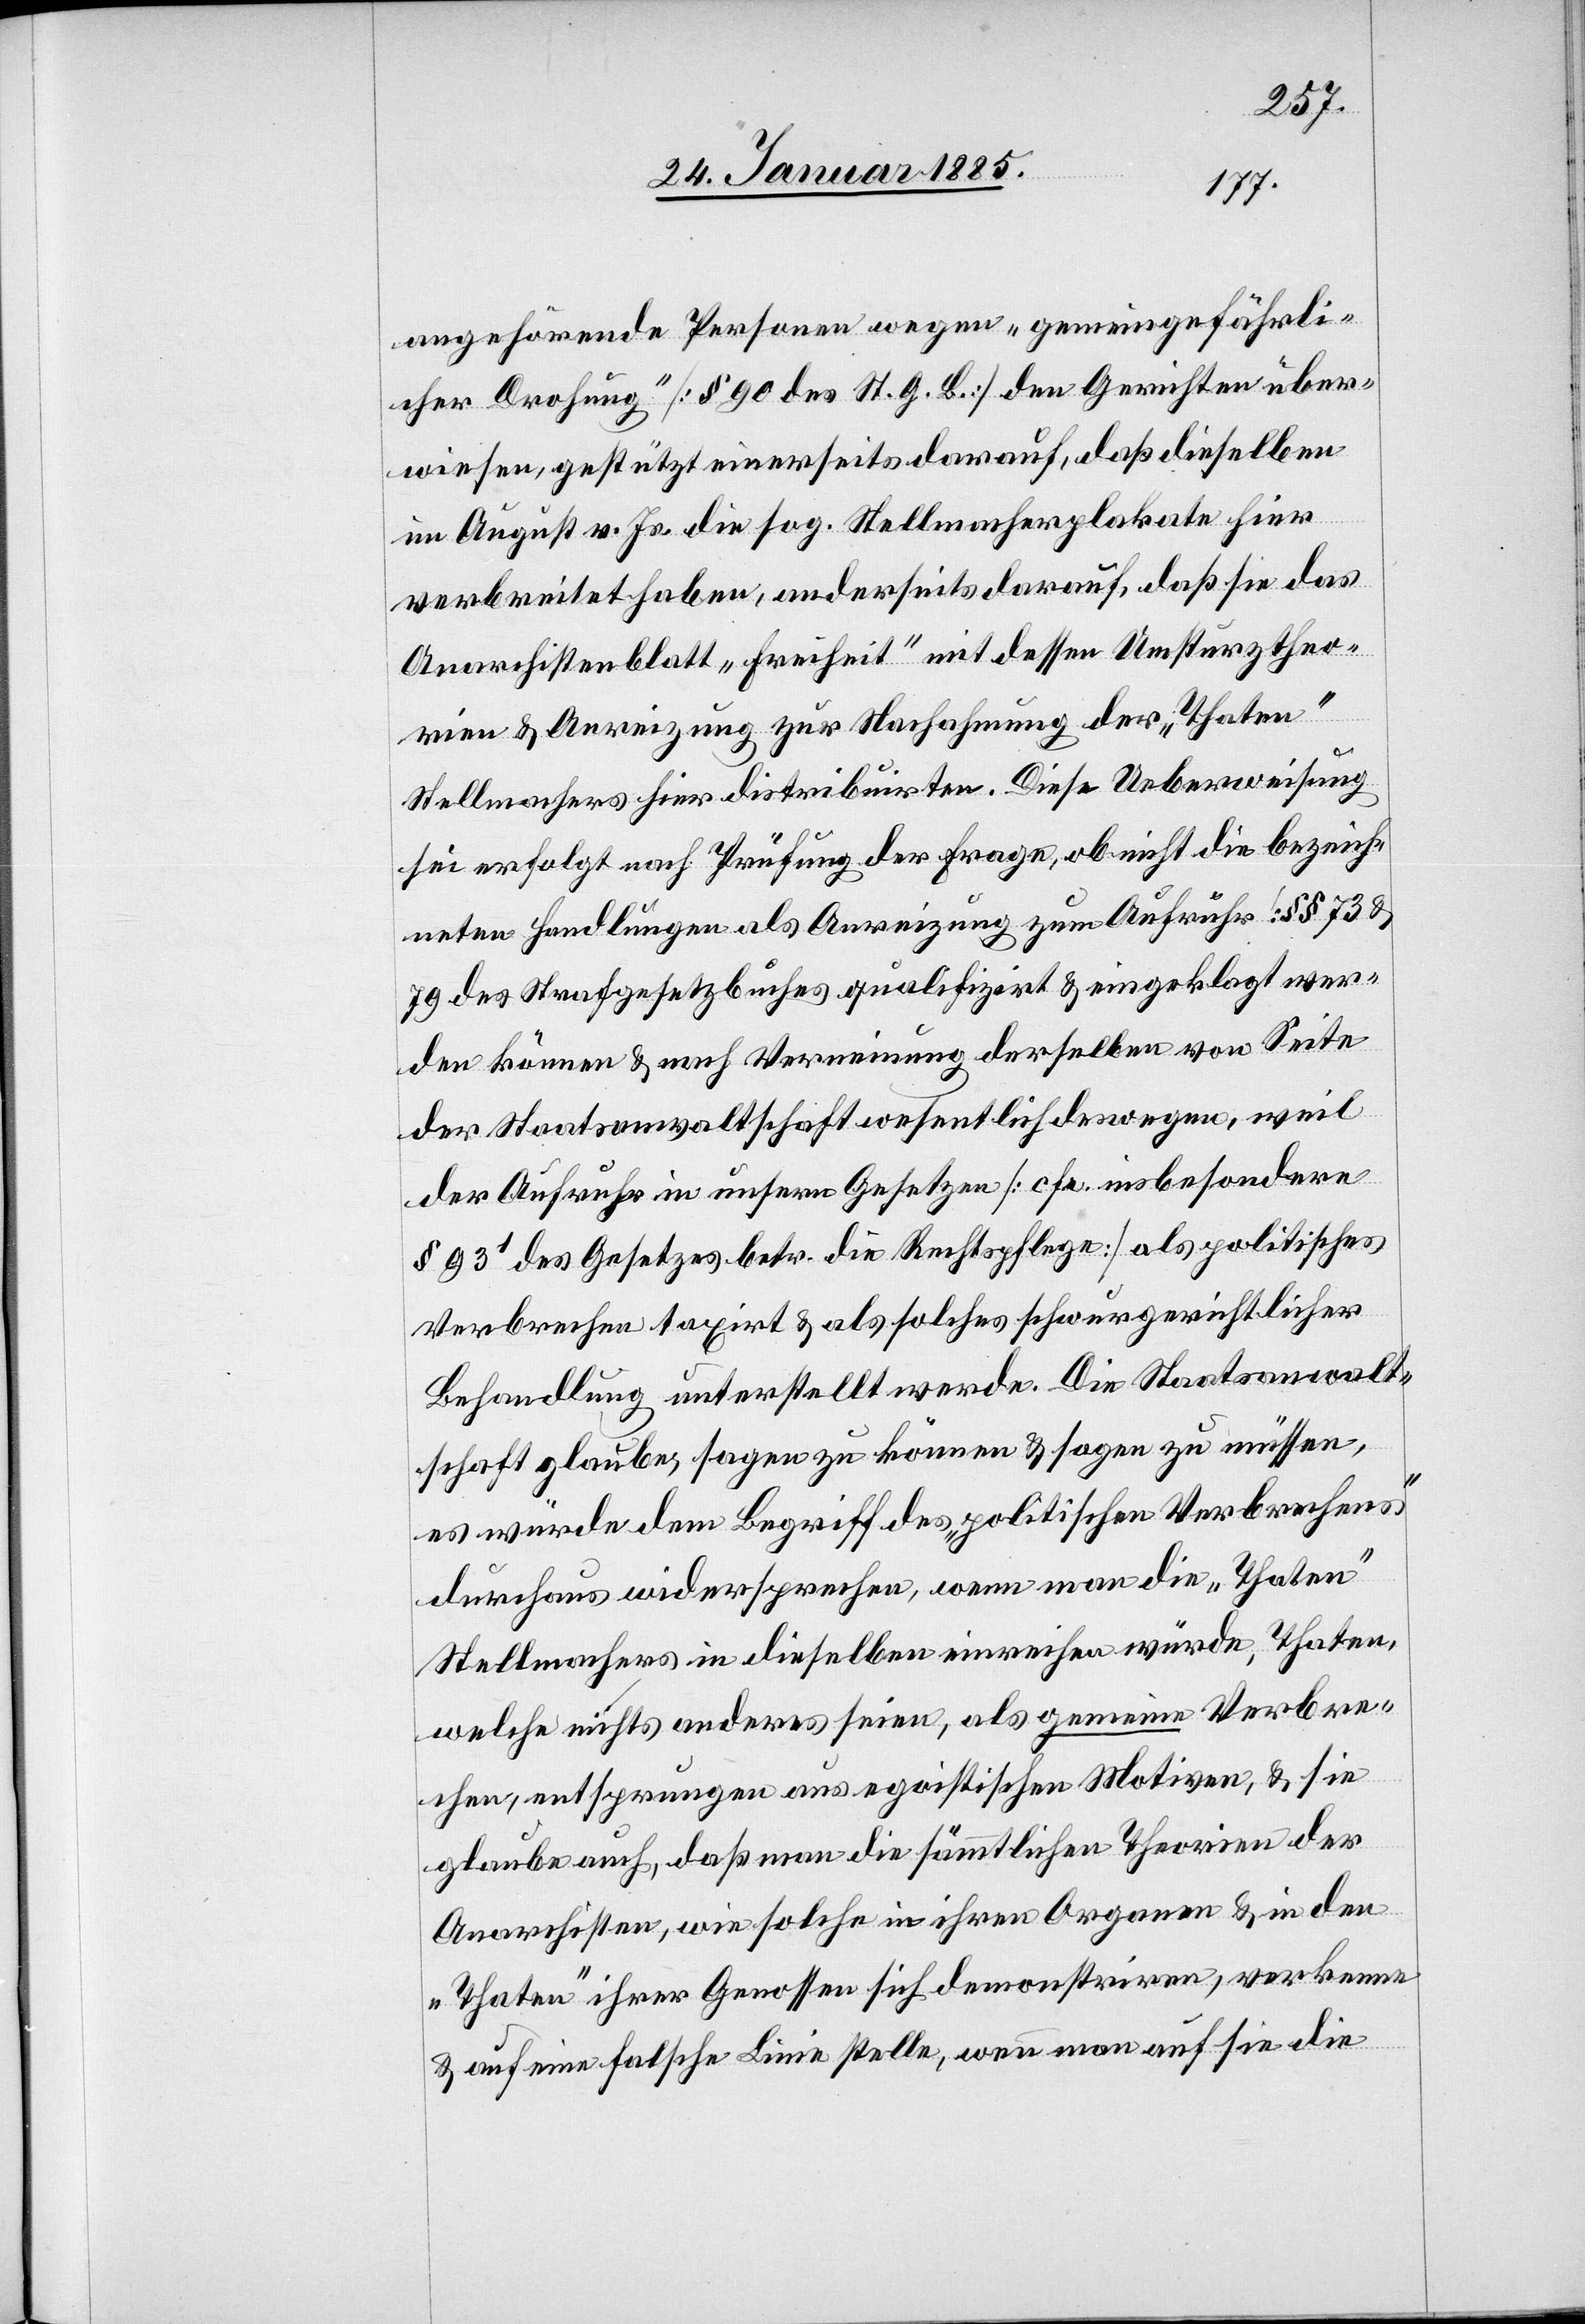
angehörende Personen wegen „gemeingefährli¬
cher Drohung“ [§ 90 des St. G. B.] den Gerichten über¬
wiesen, gestützt einerseits darauf, daß dieselben
im August v. Js. die sog. Stellmacherplakate hier
verbreitet haben, anderseits darauf, daß sie das
Anarchistenblatt „Freiheit“ mit dessen Umsturztheo¬
rien & Anreizung zur Nachahmung der „Thaten“
Stellmachers hier distribuirten. Diese Ueberweisung
sei erfolgt nach Prüfung der Frage, ob nicht die bezeich¬
neten Handlungen als Anreizung zum Aufruhr [§§ 73 &
79 des Strafgesetzbuches] qualifiziert & eingeklagt wer¬
den können & nach Verneinung derselben von Seite
der Staatsanwaltschaft wesentlich deswegen, weil
der Aufruhr in unserm Gesetze [cfr. insbesondere
§ 931 des Gesetzes betr. die Rechtspflege] als politisches
Verbrechen taxirt & als solches schwurgerichtlicher
Behandlung unterstellt werde. Die Staatsanwalt¬
schaft glaube, sagen zu können & sagen zu müssen,
es würde dem Begriff des „politischen Verbrechens“
durchaus widersprechen, wenn man die „Thaten“
Stellmachers in dieselben einreihen würde, Thaten,
welche nichts anderes seien, als gemeine Verbre¬
chen, entsprungen aus egoistischen Motiven, & sie
glaube auch, daß man die sämmtlichen Theorien der
Anarchisten, wie solche in ihren Organen & in den
„Thaten“ ihrer Genossen sich demonstriren, verkenne
& auf eine falsche Linie stelle, wenn man auf sie die